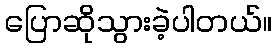
ပြောဆိုသွားခဲ့ပါတယ်။